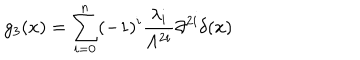
g _ { 3 } ( x ) = \sum _ { i = 0 } ^ { n } ( - 1 ) ^ { i } \frac { \lambda _ { i } } { \Lambda ^ { 2 i } } \partial ^ { 2 i } \delta ( x ) \,